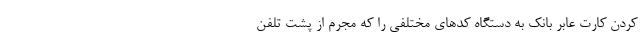
کردن کارت عابر بانک به دستگاه کدهای مختلفی را که مجرم از پشت تلفن